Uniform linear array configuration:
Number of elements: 16
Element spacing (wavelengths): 0.75
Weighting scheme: kaiser
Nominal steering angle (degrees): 30
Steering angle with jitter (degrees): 31.418
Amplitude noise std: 0.05
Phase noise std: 0.05

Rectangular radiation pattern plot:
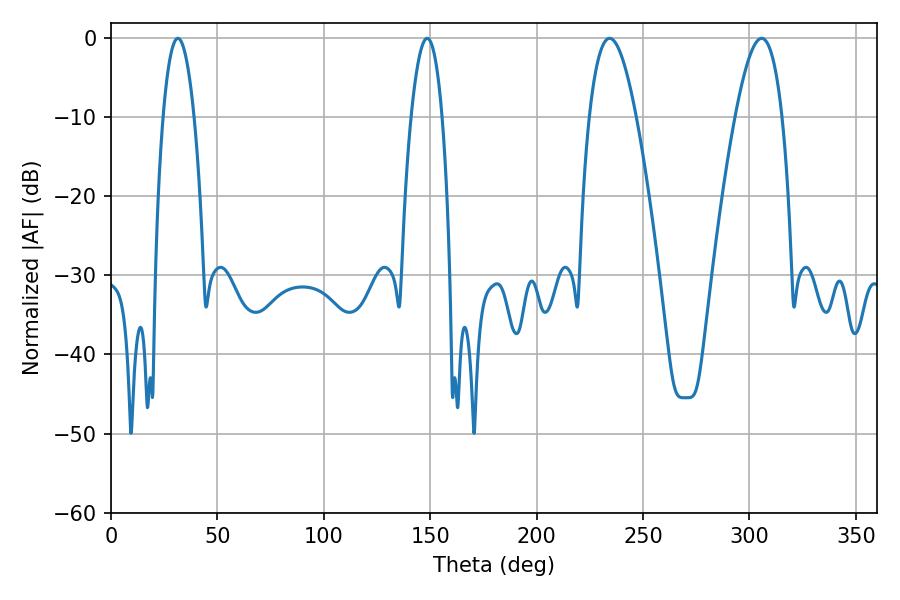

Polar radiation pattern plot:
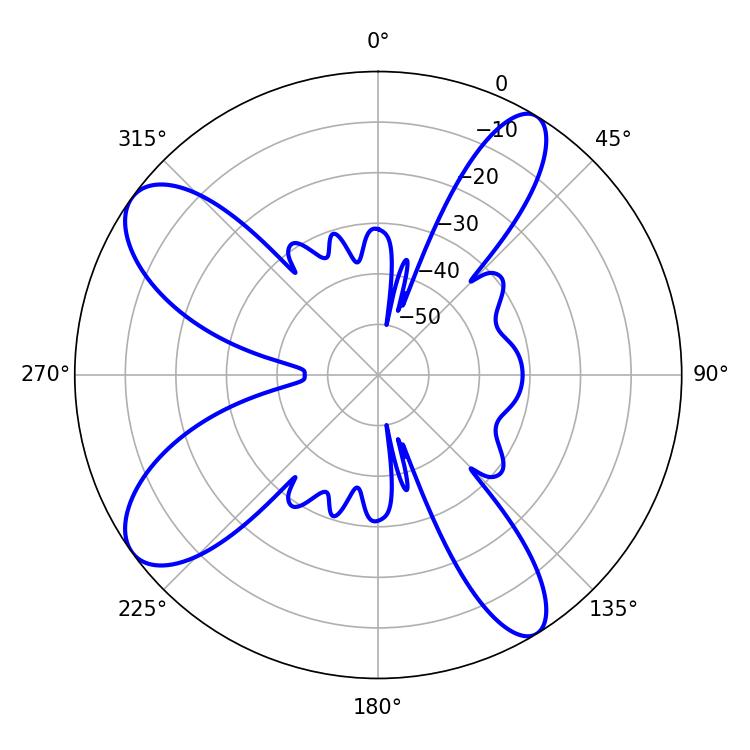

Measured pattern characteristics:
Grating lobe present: TRUE
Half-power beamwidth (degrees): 11.88
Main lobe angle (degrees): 234.36